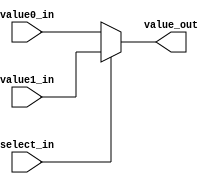
////////////////////////////////////////////////////////////////
//  Module       : MUX32_2X1
//  Description  : 32-bit wide 2x1 MUX
//

module MUX32_2X1
  (
   value_out,
   value0_in, 
   value1_in, 
   select_in
   );
   
   parameter MUX_delay = 4;	

   output [31:0] value_out;
   reg [31:0] 	 value_out;		
	
   input [31:0]  value0_in, value1_in;
   input 	 select_in;	

   always@*
     begin
	#MUX_delay;
	
	if (~select_in)
	  value_out = value0_in;
	else
	  value_out = value1_in;
     end

endmodule // MUX32_2X1